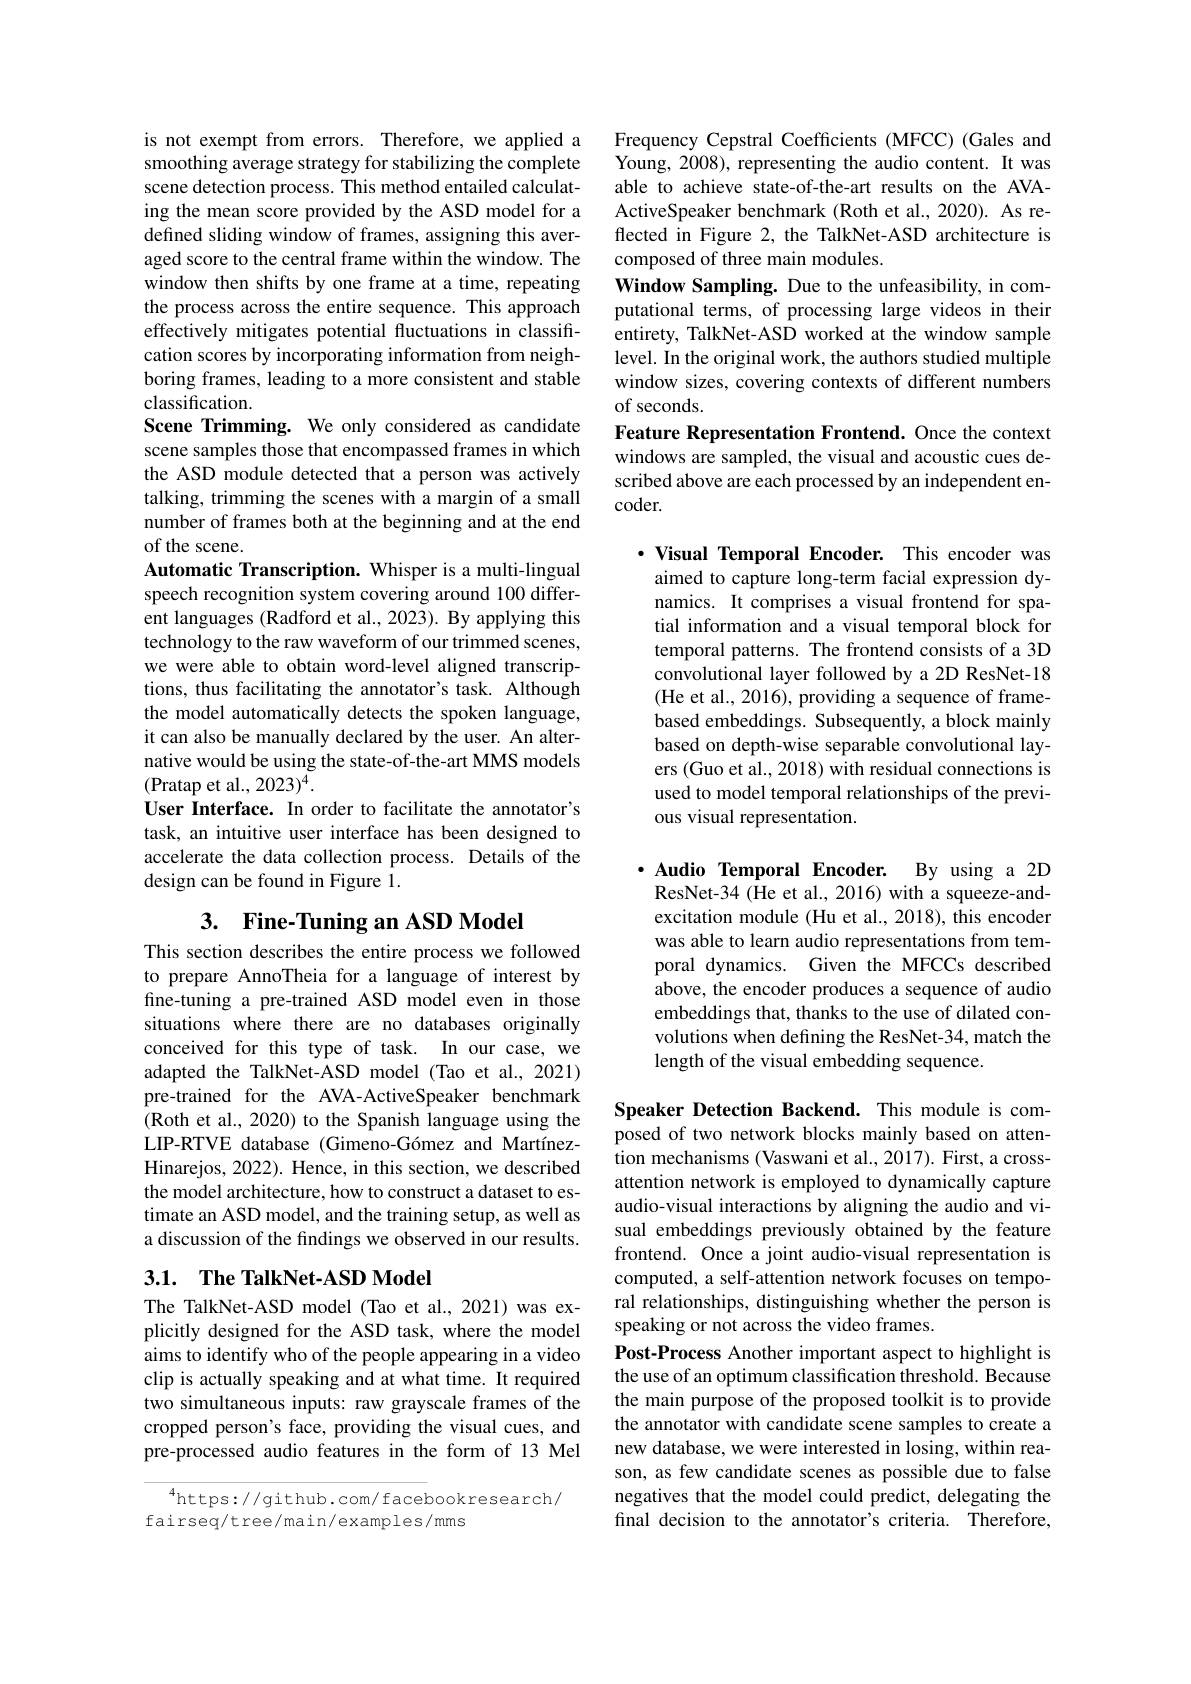
is not exempt from errors. Therefore, we applied a smoothing average strategy for stabilizing the complete scene detection process. This method entailed calculating the mean score provided by the ASD model for a defined sliding window of frames, assigning this averaged score to the central frame within the window. The window then shifts by one frame at a time, repeating the process across the entire sequence. This approach effectively mitigates potential fluctuations in classification scores by incorporating information from neighboring frames, leading to a more consistent and stable classification.
Scene Trimming. We only considered as candidate scene samples those that encompassed frames in which the ASD module detected that a person was actively talking, trimming the scenes with a margin of a small number of frames both at the beginning and at the end of the scene.
Automatic Transcription. Whisper is a multi-lingual speech recognition system covering around 100 different languages (Radford et al., 2023). By applying this technology to the raw waveform of our trimmed scenes, we were able to obtain word-level aligned transcriptions, thus facilitating the annotator's task. Although the model automatically detects the spoken language, it can also be manually declared by the user. An alternative would be using the state-of-the-art MMS models (Pratap et al., 2023)$^4.$
User Interface. In order to facilitate the annotator's task, an intuitive user interface has been designed to accelerate the data collection process. Details of the design can be found in Figure 1.
3. Fine-Tuning an ASD Model

This section describes the entire process we followed to prepare AnnoTheia for a language of interest by fine-tuning a pre-trained ASD model even in those situations where there are no databases originally conceived for this type of task. In our case, we adapted the TalkNet-ASD model (Tao et al., 2021) pre-trained for the AVA-ActiveSpeaker benchmark (Roth et al., 2020) to the Spanish language using the LIP-RTVE database (Gimeno-Gómez and MartínezHinarejos, 2022). Hence, in this section, we described the model architecture, how to construct a dataset to estimate an ASD model, and the training setup, as well as a discussion of the findings we observed in our results.

## 3.1. $\textbf{The TalkNet- ASD Model}$

The TalkNet-ASD model (Tao et al., 2021) was explicitly designed for the ASD task, where the model aims to identify who of the people appearing in a video clip is actually speaking and at what time. It required two simultaneous inputs: raw grayscale frames of the cropped person's face, providing the visual cues, and pre-processed audio features in the form of 13 Mel

$^{4}$https://github.com/facebookresearch/
fairseq/tree/main/examples/mms

Frequency Cepstral Coefficients (MFCC) (Gales and Young, 2008), representing the audio content. It was able to achieve state-of-the-art results on the AVAActiveSpeaker benchmark (Roth et al., 2020). As reflected in Figure 2, the TalkNet-ASD architecture is composed of three main modules.
Window Sampling. Due to the unfeasibility, in computational terms, of processing large videos in their entirety, TalkNet-ASD worked at the window sample level. In the original work, the authors studied multiple window sizes, covering contexts of different numbers of seconds.
Feature Representation Frontend. Once the context windows are sampled, the visual and acoustic cues described above are each processed by an independent en- $coder.$

$\cdot$ Visual Temporal Encoder. This encoder was aimed to capture long-term facial expression dynamics. It comprises a visual frontend for spatial information and a visual temporal block for temporal patterns. The frontend consists of a 3D convolutional layer followed by a 2D ResNet-18 (He et al., 2016), providing a sequence of framebased embeddings. Subsequently, a block mainly based on depth-wise separable convolutional layers (Guo et al., 2018) with residual connections is used to model temporal relationships of the previous visual representation.

$\cdot$ Audio Temporal Encoder. By using a 2D ResNet-34 (He et al., 2016) with a squeeze-and-

excitation module (Hu et al., 2018), this encoder was able to learn audio representations from temporal dynamics. Given the MFCCs described above, the encoder produces a sequence of audio embeddings that, thanks to the use of dilated convolutions when defining the ResNet-34, match the length of the visual embedding sequence.

Speaker Detection Backend. This module is composed of two network blocks mainly based on attention mechanisms (Vaswani et al., 2017). First, a crossattention network is employed to dynamically capture audio-visual interactions by aligning the audio and visual embeddings previously obtained by the feature frontend. Once a joint audio-visual representation is computed, a self-attention network focuses on temporal relationships, distinguishing whether the person is speaking or not across the video frames.
Post-Process Another important aspect to highlight is the use of an optimum classification threshold. Because the main purpose of the proposed toolkit is to provide the annotator with candidate scene samples to create a new database, we were interested in losing, within reason, as few candidate scenes as possible due to false negatives that the model could predict, delegating the final decision to the annotator's criteria. Therefore,